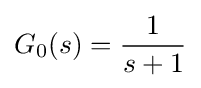
G_{0}(s)={\frac {1}{s+1}}